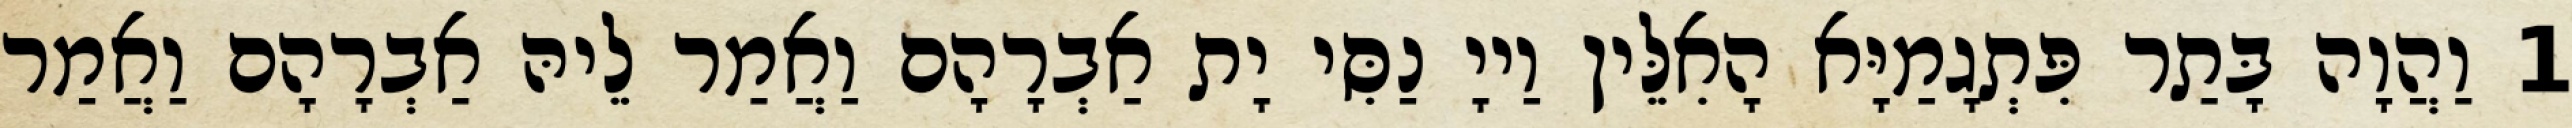
1 וַהֲוָה בָּתַר פִּתְגָמַיָּא הָאִלֵּין וַייָ נַסִּי יָת אַבְרָהָם וַאֲמַר לֵיהּ אַבְרָהָם וַאֲמַר